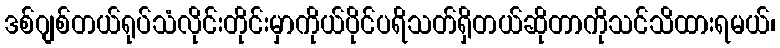
ဒစ်ဂျစ်တယ်ရုပ်သံလိုင်းတိုင်းမှာကိုယ်ပိုင်ပရိသတ်ရှိတယ်ဆိုတာကိုသင်သိထားရမယ်၊